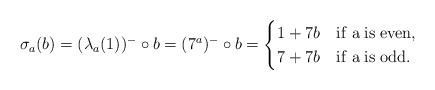
LaTeX: \begin{align*}\sigma_a(b)=(\lambda_a(1))^{-}\circ b=(7^a)^{-}\circ b=\begin{cases}1+7b \quad{\rm if\; a\; is\; even,}\\7+7b \quad{\rm if\; a\; is\; odd.}\end{cases}\end{align*}